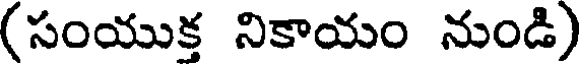
(సంయుక్త నికాయం నుండి)